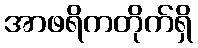
အာဖရိကတိုက်ရှိ